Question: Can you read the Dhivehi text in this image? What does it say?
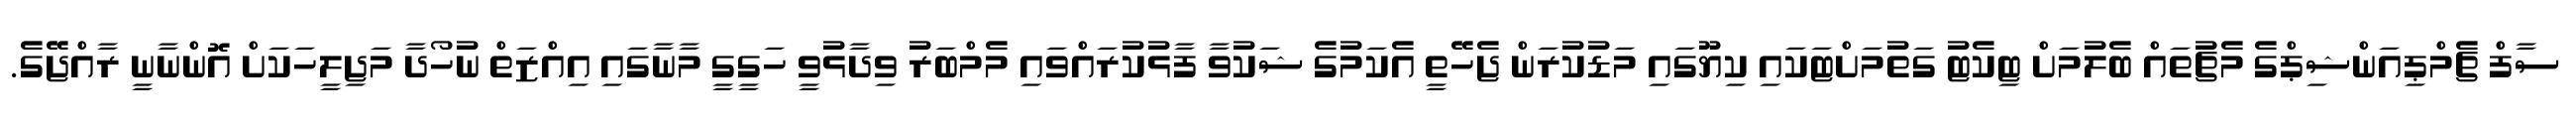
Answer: ސާފް ޗެމްޕިއަންޝިޕްގެ މެޗުތައް ބެލުމަށް ޓިކެޓު ގަތުމަށްޓަކައި ކިޔޫގައި މަޑުކުރަން ޖެހޭތީ އެކަމުގެ ޝަކުވާ ފާޅުކުރައްވައި މެމްބަރު ވިދާޅުވީ ހަގީގީ މާނާގައި އިއްޒަތް ނުހޯދާ މަޖިލީހަކަށް އޮންނާނީ ރާއްޖޭގެ.